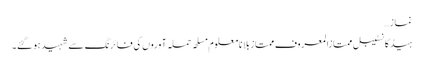
نماز…
ہیڈکانسٹیبل ممتازالمعروف ممتاز بلا نامعلوم مسلحہ حملہ آوروں کی فائرنگ سے شہید ہو گئے۔